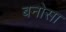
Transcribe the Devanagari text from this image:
बनोसा